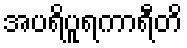
အပရိပူရကာရီတိ